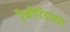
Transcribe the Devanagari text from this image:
रैनीटिडाइन